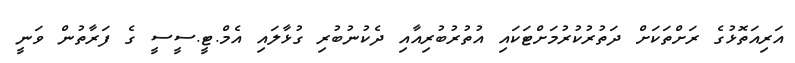
އަރިއަތޮޅުގެ ރަށްތަކަށް ދަތުރުކުރުމަށްޓަކައި އުތުރުބުރިއާއި ދެކުނުބުރި ގުޅާލައި އެމް.ޓީ.ސީސީ ގެ ފަރާތުން ވަނީ